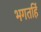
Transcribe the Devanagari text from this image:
भगतहिं